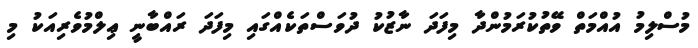
މުސްލިމު އުއްމަތް ވޭތުކުރަމުންދާ މިފަދަ ނާޒުކު ދުވަސްތަކެެއްގައި މިފަދަ ރައްބާނީ ޢިލްމުވެރިއަކު މި